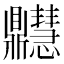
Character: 𪔊